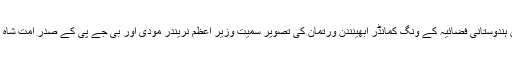
ان دونوں تصاویرمیں ہندوستانی فضائیہ کے ونگ کمانڈر ابھینندن ورتمان کی تصویر سمیت وزیر اعظم نریندر مودی اور بی جے پی کے صدر امت شاہ کی تصویر بھی تھی۔